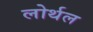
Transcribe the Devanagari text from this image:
लोर्थल